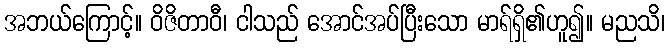
အဘယ်ကြောင့်။ ဝိဇိတာဝီ၊ ငါသည် အောင်အပ်ပြီးသော မာရ်ရှိ၏ဟူ၍။ မညသိ၊